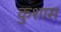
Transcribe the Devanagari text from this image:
कुशास